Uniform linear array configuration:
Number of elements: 12
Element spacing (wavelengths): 0.25
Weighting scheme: uniform
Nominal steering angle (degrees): -45
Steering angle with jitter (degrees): -45.607
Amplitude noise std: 0.05
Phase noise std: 0.05

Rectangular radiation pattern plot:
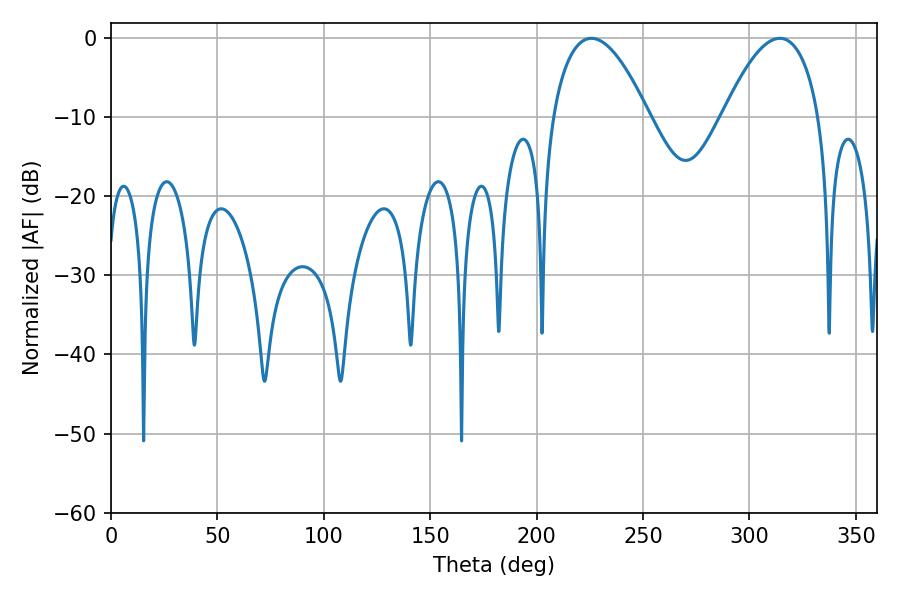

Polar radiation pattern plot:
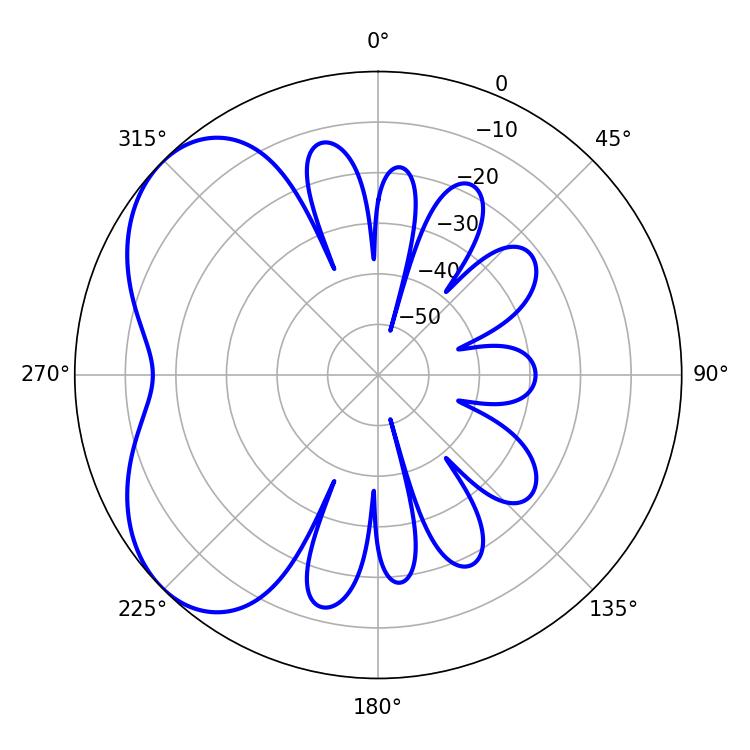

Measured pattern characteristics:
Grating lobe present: FALSE
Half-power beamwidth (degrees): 25.02
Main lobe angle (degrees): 225.72